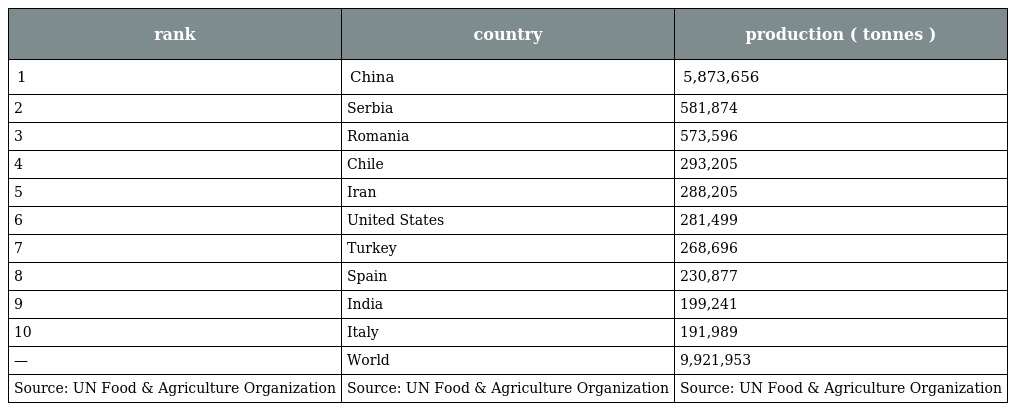
| rank | country | production ( tonnes ) |
 | --- | --- | --- |
 | 1 | China | 5,873,656 |
 | 2 | Serbia | 581,874 |
 | 3 | Romania | 573,596 |
 | 4 | Chile | 293,205 |
 | 5 | Iran | 288,205 |
 | 6 | United States | 281,499 |
 | 7 | Turkey | 268,696 |
 | 8 | Spain | 230,877 |
 | 9 | India | 199,241 |
 | 10 | Italy | 191,989 |
 | — | World | 9,921,953 |
 | Source: UN Food & Agriculture Organization | Source: UN Food & Agriculture Organization | Source: UN Food & Agriculture Organization |